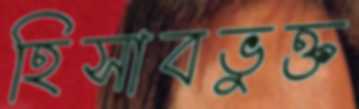
হিসাবভুক্ত